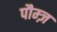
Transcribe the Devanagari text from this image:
पौम्ज़